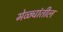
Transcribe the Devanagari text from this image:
मेळ्यांतील